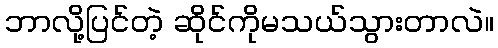
ဘာလို့ပြင်တဲ့ ဆိုင်ကိုမသယ်သွားတာလဲ။